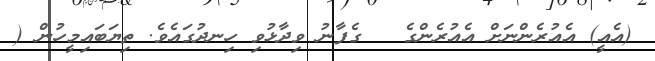
(އެއީ) އެއުރެންނަށް އެއުރެންގެ   ގެފާނު ވިދާޅުވި ހިނދުގައެވެ. ތިޔަބައިމީހުން (